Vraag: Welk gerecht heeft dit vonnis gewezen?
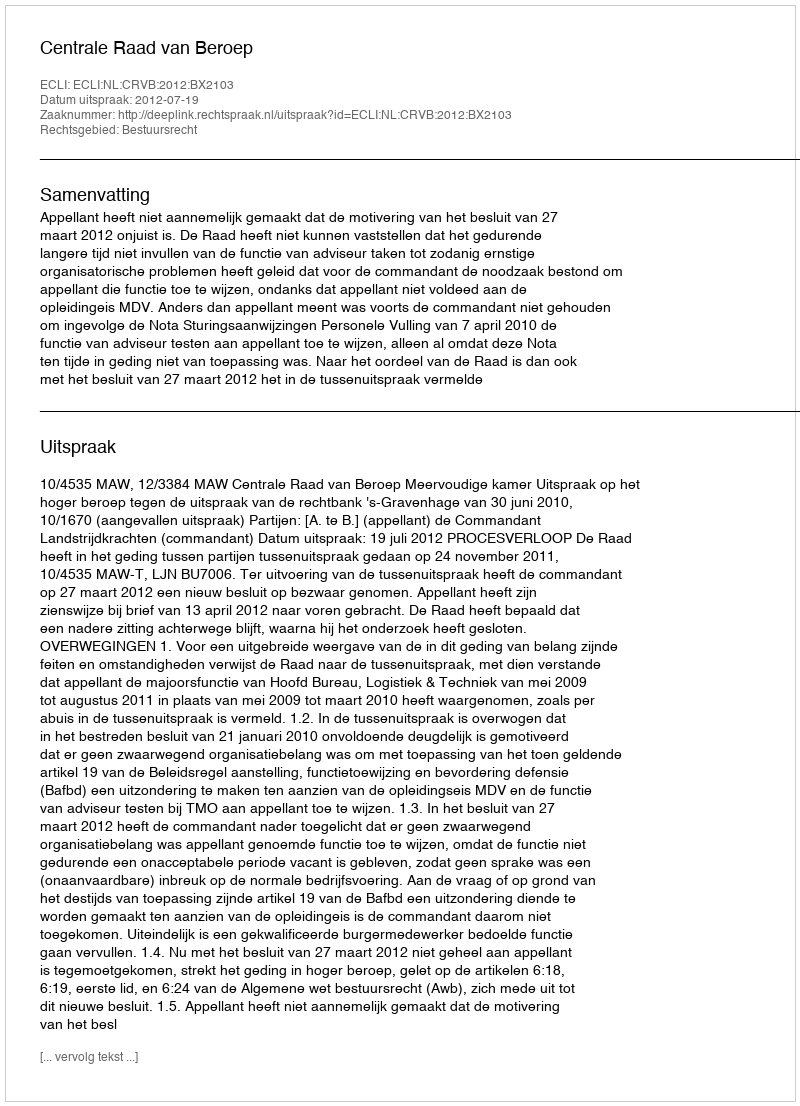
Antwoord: Centrale Raad van Beroep